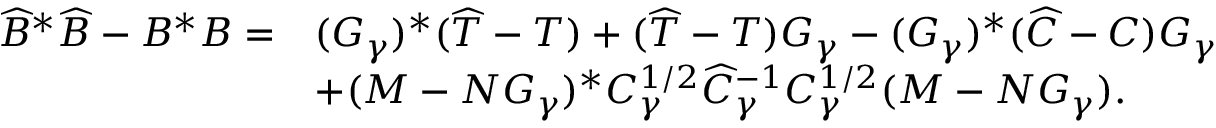
\begin{array} { r l } { \widehat { B } ^ { * } \widehat { B } - B ^ { * } B = } & { ( G _ { \gamma } ) ^ { * } ( \widehat { T } - T ) + ( \widehat { T } - T ) G _ { \gamma } - ( G _ { \gamma } ) ^ { * } ( \widehat { C } - C ) G _ { \gamma } } \\ & { + ( M - N G _ { \gamma } ) ^ { * } C _ { \gamma } ^ { 1 / 2 } \widehat { C } _ { \gamma } ^ { - 1 } C _ { \gamma } ^ { 1 / 2 } ( M - N G _ { \gamma } ) . } \end{array}